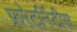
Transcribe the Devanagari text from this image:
फ्ररेटर्निटीस